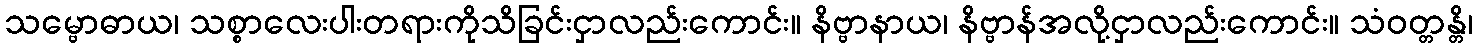
သမ္ဗောဓာယ၊ သစ္စာလေးပါးတရားကိုသိခြင်းငှာလည်းကောင်း။ နိဗ္ဗာနာယ၊ နိဗ္ဗာန်အလို့ငှာလည်းကောင်း။ သံဝတ္တန္တိ၊